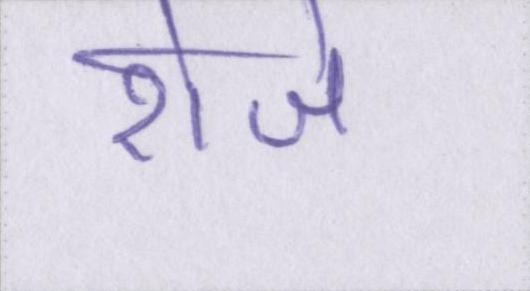
रोजे